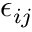
\epsilon _ { i j }